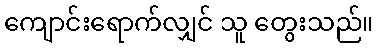
ကျောင်းရောက်လျှင် သူ တွေးသည်။